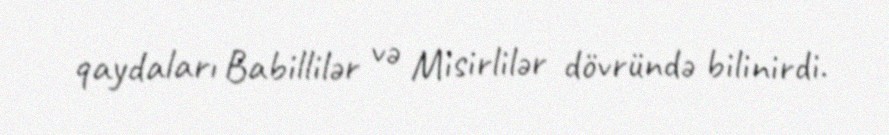
qaydaları Babillilər və Misirlilər dövründə bilinirdi.